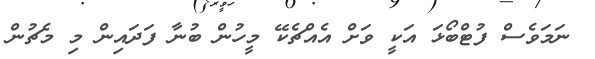
ނަމަވެސް ފުޓްބޯޅަ އަކީ ވަށް އެއްޗެކޭ މީހުން ބުނާ ފަދައިން މި މެޗުން